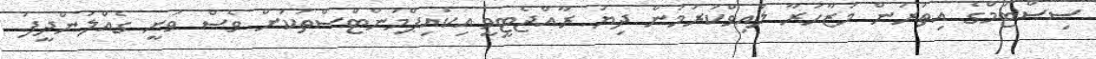
ސިސްޓަމްގެ އިތުރުން މުޒާހަރާ ލައިވްކުރަމުން ދިޔަ ރާއްޖެޓީވީ އިކުއިޕްމަންޓްސްތަކަށް ވެސް ވަނީ ގެއްލުންދީފަ